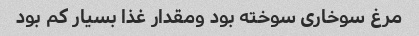
مرغ سوخاری سوخته بود ومقدار غذا بسیار کم بود